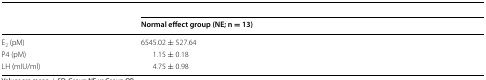
<table><thead><tr><td rowspan="2">[EMPTY_CELL]</td><td colspan="2">[EMPTY_CELL]</td></tr><tr><td><b>Normal effect group (NE; n = 13)</b></td><td>[EMPTY_CELL]</td></tr></thead><tbody><tr><td>E<sub>2</sub> (pM)</td><td>6545.02 ± 527.64</td><td>[EMPTY_CELL]</td></tr><tr><td>P4 (pM)</td><td>1.15 ± 0.18</td><td>[EMPTY_CELL]</td></tr><tr><td>LH (mIU/ml)</td><td>4.75 ± 0.98</td><td>[EMPTY_CELL]</td></tr></tbody></table>